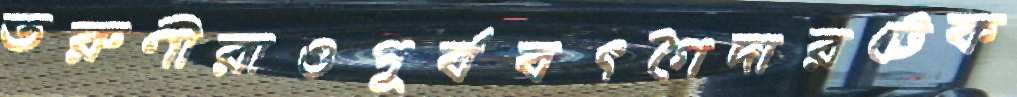
তরুণীরাওপূর্ববৎগৈদারটেক